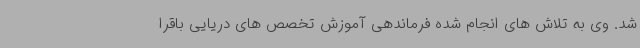
شد. وی به تلاش های انجام شده فرماندهی آموزش تخصص های دریایی باقرا